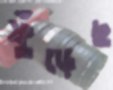
ফুঁড়েছ